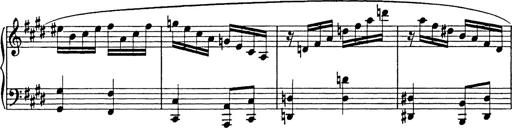
Title: 8 Variations
Composer: Franz Liszt
Key: A-flat major